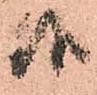
候